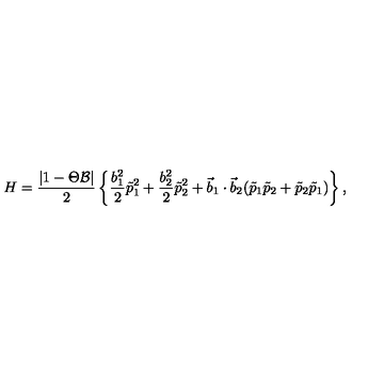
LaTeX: H = \frac { | 1 - \Theta { \cal B } | } { 2 } \left\{ \frac { b _ { 1 } ^ { 2 } } { 2 } \tilde { p } _ { 1 } ^ { 2 } + \frac { b _ { 2 } ^ { 2 } } { 2 } \tilde { p } _ { 2 } ^ { 2 } + { \vec { b } } _ { 1 } \cdot { \vec { b } } _ { 2 } ( \tilde { p } _ { 1 } \tilde { p } _ { 2 } + \tilde { p } _ { 2 } \tilde { p } _ { 1 } ) \right\} ,